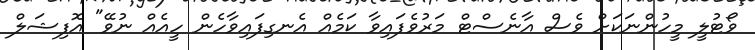
ވޯޓުލީ މީހުންނަކަށް ވެސް އާނެސްޓް މަރުވެފައިވާ ކަމެއް އެނގިފައިވާހެން ހީއެއް ނުވޭ" އޮފިޝަލް